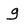
Character: g